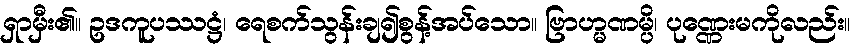
ရှာမှီး၏။ ဥဒကူပဿဋ္ဌံ၊ ရေစက်သွန်းချ၍စွန့်အပ်သော။ ဗြာဟ္မဏမ္ပိ၊ ပုဏ္ဏေးမကိုလည်း။